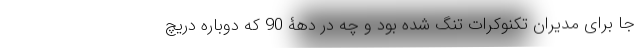
جا برای مدیران تکنوکرات تنگ شده بود و چه در دهۀ 90 که دوباره دریچ